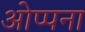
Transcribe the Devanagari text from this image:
ओप्पना